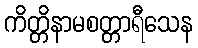
ကိတ္တိနာမစတ္တာရီသေန